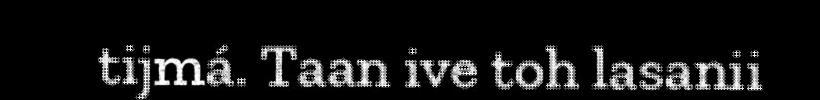
tijmá. Taan ive toh lasanii